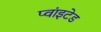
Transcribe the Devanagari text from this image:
प्वांइटेड